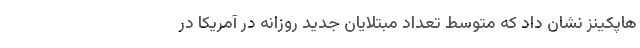
هاپکینز نشان داد که متوسط تعداد مبتلایان جدید روزانه در آمریکا در